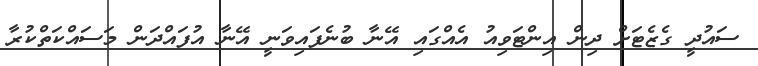
ސައުދީ ގެޒެޓަށް ދިން އިންޓަވިއު އެއްގައި އޭނާ ބުނެފައިވަނީ އޭނާ އުފައްދަން މަސައްކަތްކުރާ